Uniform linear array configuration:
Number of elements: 64
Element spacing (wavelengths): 0.75
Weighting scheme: blackman
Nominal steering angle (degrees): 45
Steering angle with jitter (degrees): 44.733
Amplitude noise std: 0.05
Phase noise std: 0.05

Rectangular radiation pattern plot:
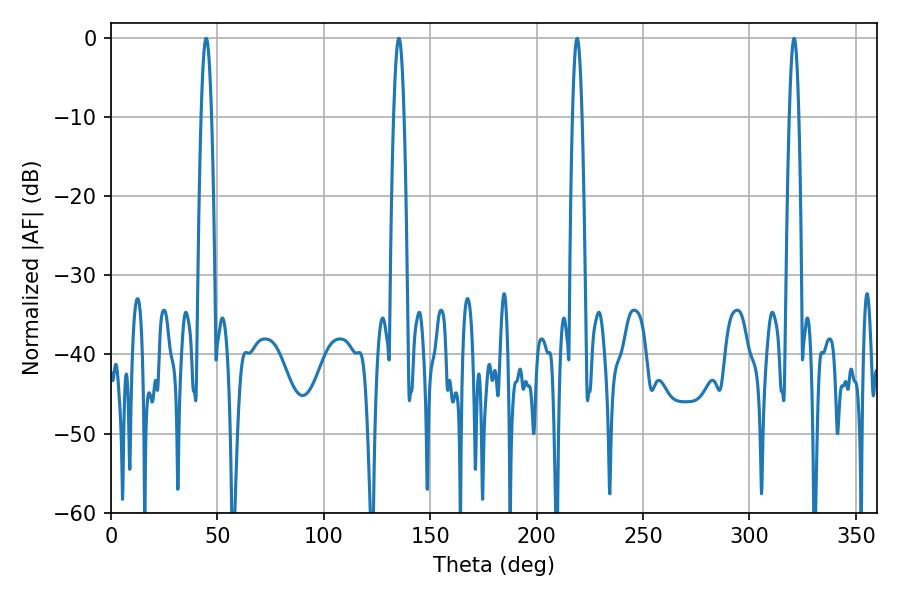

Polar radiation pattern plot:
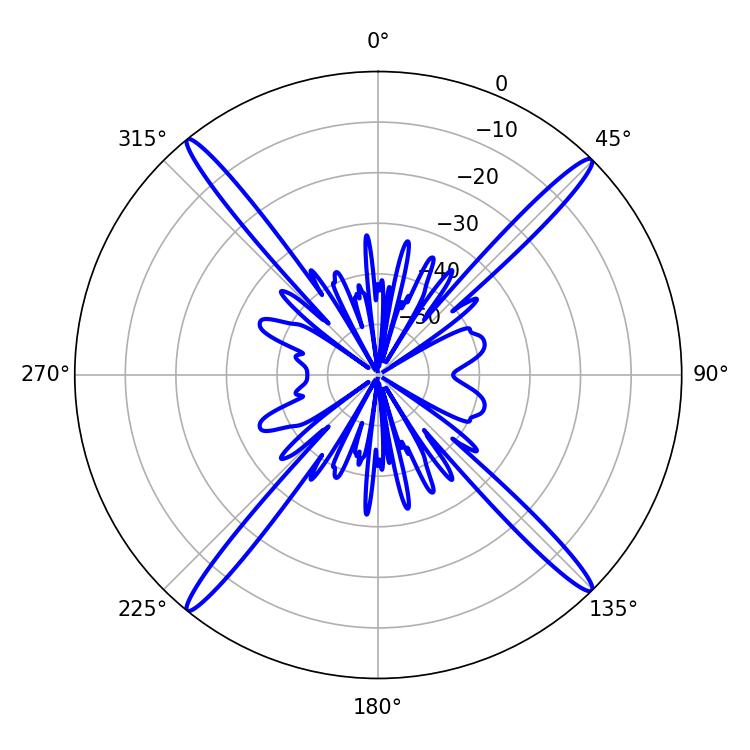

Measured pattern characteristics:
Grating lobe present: TRUE
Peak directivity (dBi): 21.825
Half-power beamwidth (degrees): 2.34
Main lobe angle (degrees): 320.94